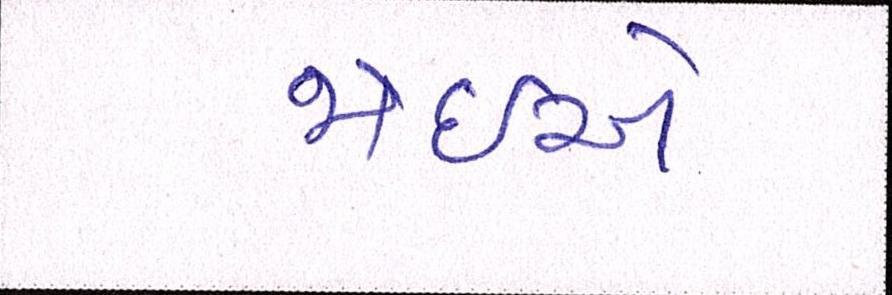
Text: જોઇએ